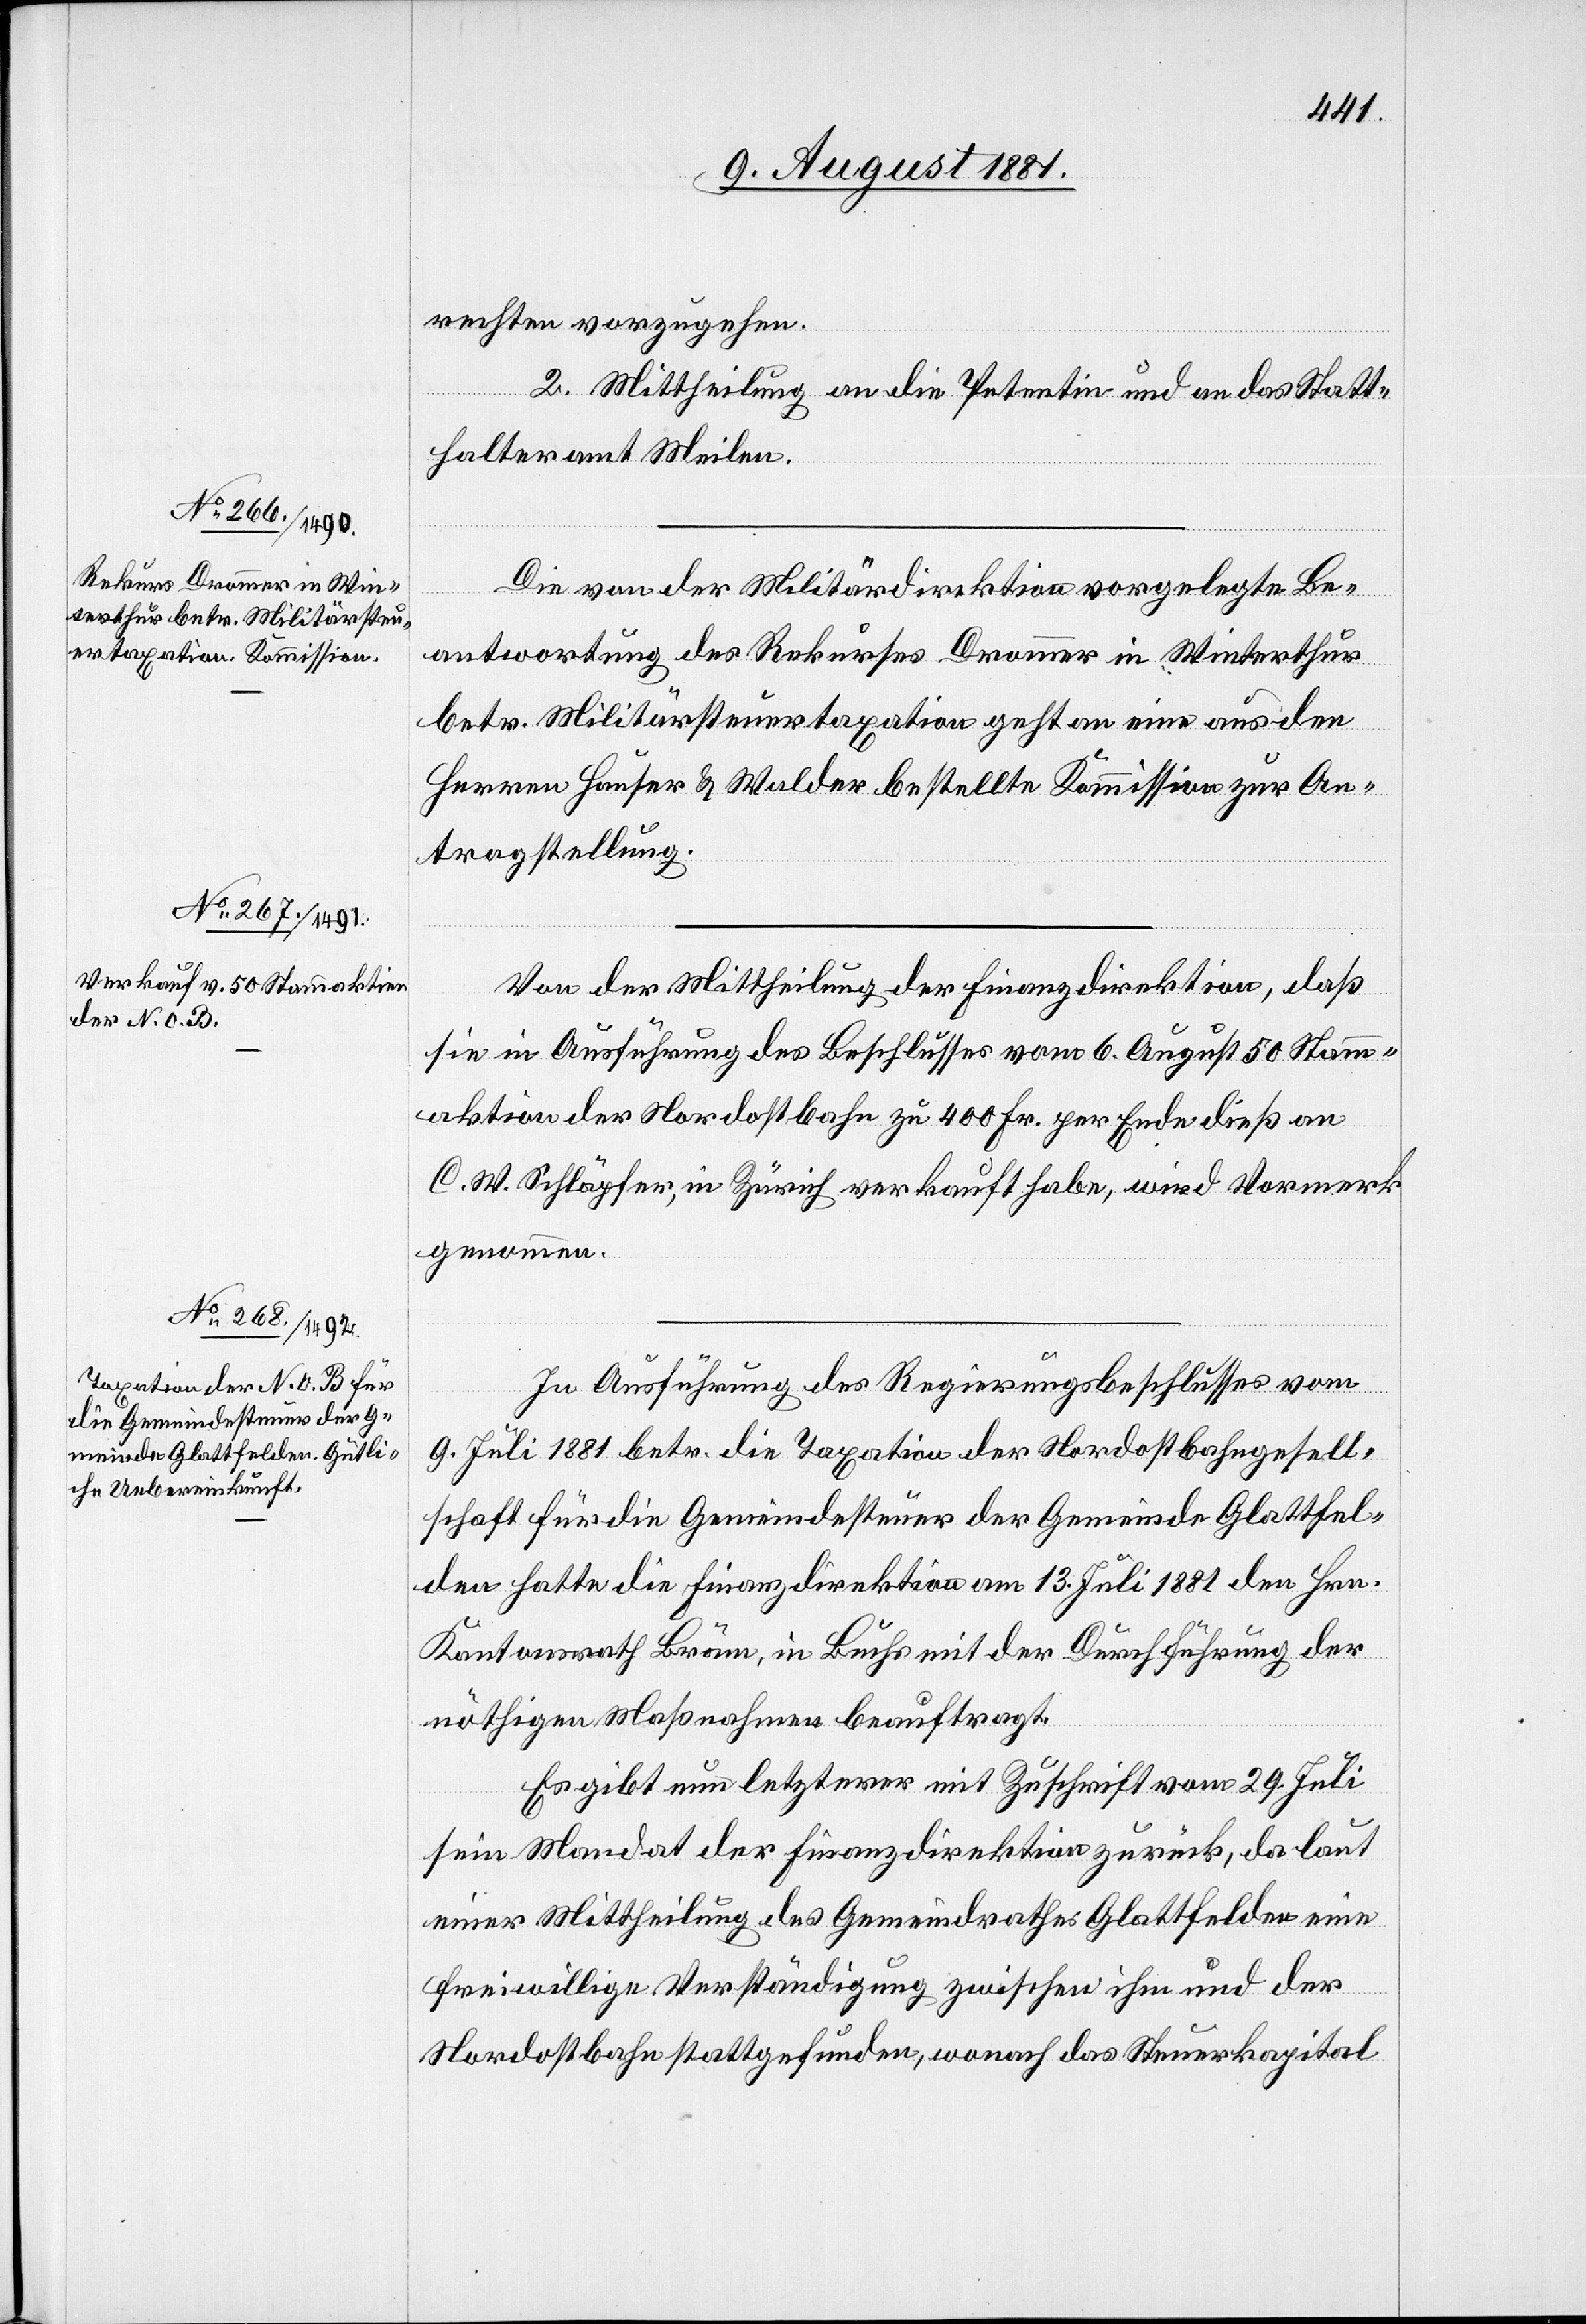
rechten vorzugehen.
2. Mittheilung an die Petentin und an das Statt¬
halteramt Meilen.
Die von der Militärdirektion vorgelegte Be¬
antwortung des Rekurses Drommer in Winterthur
betr. Militärsteuertaxation geht an eine aus den
Herren Hauser & Walder bestellte Kommission zur An¬
tragstellung.
Von der Mittheilung der Finanzdirektion, daß
sie in Ausführung des Beschlusses vom 6. August 50 Stam¬
maktien der Nordostbahn zu 400 Fr. per Ende dieß an
C. W. Schläpfer, in Zürich verkauft habe, wird Vermerk
genommen.
In Ausführung des Regierungsbeschlusses vom
9. Juli 1881 betr. die Taxation der Nordostbahngesell¬
schaft für die Gemeindesteuer der Gemeinde Glattfel¬
den hatte die Finanzdirektion am 13. Juli 1881 den Hrn.
Kantonsrath Bräm, in Buchs mit der Durchführung der
nöthigen Maßnahmen beauftragt.
Es gibt nun letzterer mit Zuschrift vom 29. Juli
sein Mandat der Finanzdirektion zurück, da laut
einer Mittheilung des Gemeindrathes Glattfelden eine
freiwillige Verständigung zwischen ihm und der
Nordostbahn stattgefunden, wonach das Steuerkapital